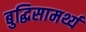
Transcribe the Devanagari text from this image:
बुद्धिसामर्थ्य